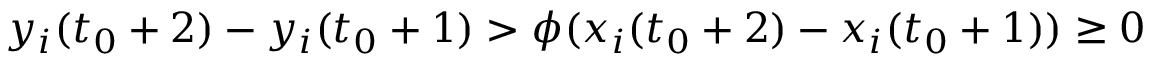
y _ { i } ( t _ { 0 } + 2 ) - y _ { i } ( t _ { 0 } + 1 ) > \phi ( x _ { i } ( t _ { 0 } + 2 ) - x _ { i } ( t _ { 0 } + 1 ) ) \geq 0